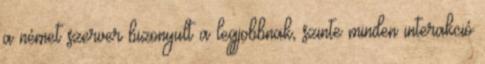
a német szerver bizonyult a legjobbnak, szinte minden interakció